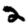
Digit: 2